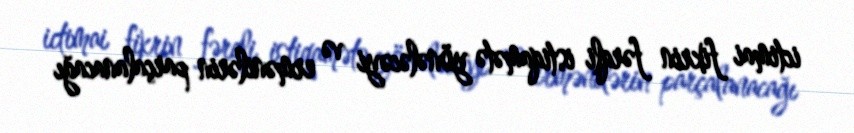
ictimai fikrin fərqli istiqamətə yönələcəyi və ermənilərin parçalanacağı